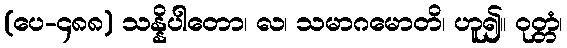
(ပေ-၄၈၈) သန္နိပါတော၊ လ၊ သမာဂမောတိ၊ ဟူ၍။ ဝုတ္တံ၊